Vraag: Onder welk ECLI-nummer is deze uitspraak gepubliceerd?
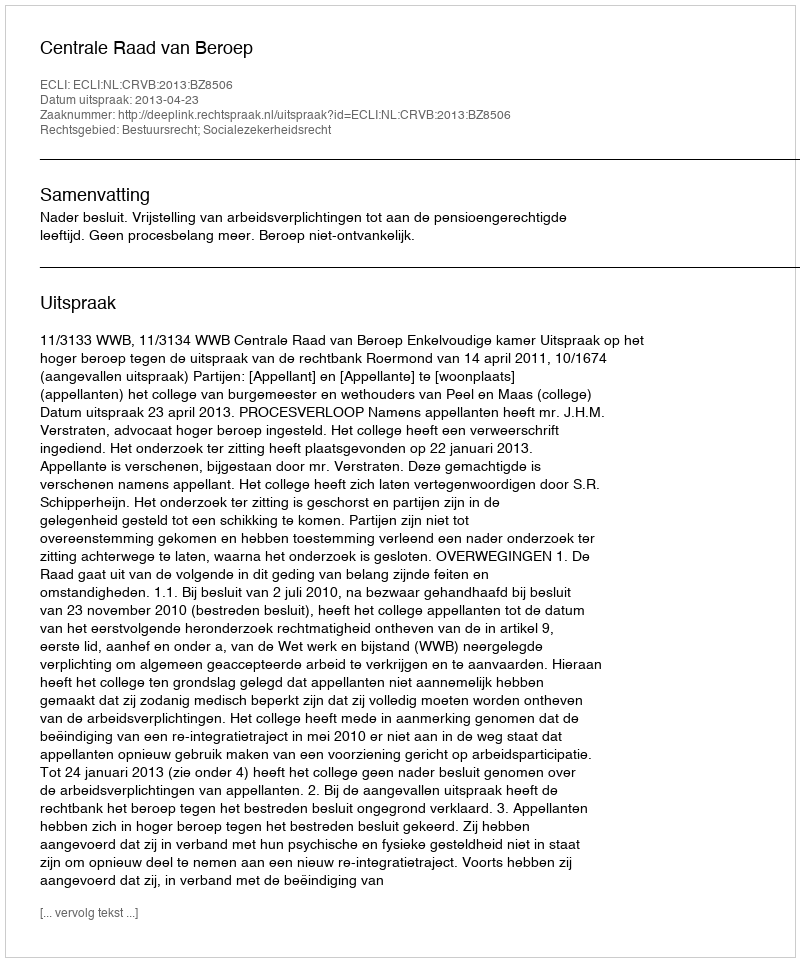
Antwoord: ECLI:NL:CRVB:2013:BZ8506